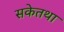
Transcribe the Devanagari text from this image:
सकेतथा